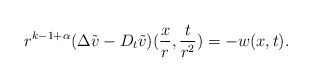
\begin{align*}r^{k-1+ \alpha} (\Delta \tilde v - D_t \tilde v)(\frac{x}{r},\frac{t}{r^2}) = - w(x,t).\end{align*}